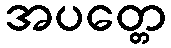
အပတ္တေ